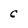
Character: c